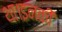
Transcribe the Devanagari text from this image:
था।इनकी